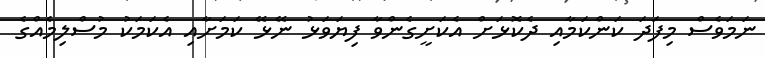
ނަމަވެސް މިފަދަ ކަންކަމާއި ދެކޮޅަށް އެކަށީގެންވާ ފިޔަވަޅު ނޭޅޭ ކަމަށާއި އެކަމަކު މުސްލިމެއްގެ